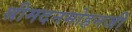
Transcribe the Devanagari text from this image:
श्रीमदनमोहनजी